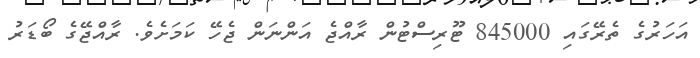
އަހަރުގެ ތެރޭގައި 845000 ޓޫރިސްޓުން ރާއްޖެ އަންނަން ޖެހޭ ކަމަށެވެ. ރާއްޖޭގެ ބޯޑަރު